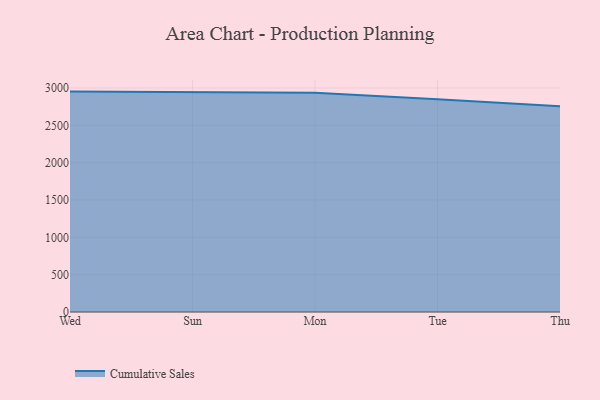
{"axis": {"x": "Day", "y": "Page Views"}, "legend": ["Cumulative Sales"], "data": [{"x": "Wed", "y": 2951.3, "type": "Cumulative Sales"}, {"x": "Sun", "y": 2944.6, "type": "Cumulative Sales"}, {"x": "Mon", "y": 2936.1, "type": "Cumulative Sales"}, {"x": "Tue", "y": 2848.4, "type": "Cumulative Sales"}, {"x": "Thu", "y": 2756.0, "type": "Cumulative Sales"}]}